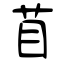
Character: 苜